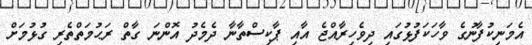
އެމަނިކުފާނުގެ ވާހަކަފުޅުގައި ދިވެހިރާއްޖެ އާއި ޕާކިސްތާނާ ދެމެދު އޮންނަ ގާތް ރަޙުމަތްތެރި ގުޅުމަށް